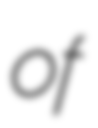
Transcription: of